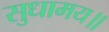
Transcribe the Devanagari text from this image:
सुधामय॥